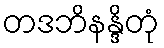
တဒဘိနန္ဒိတုံ